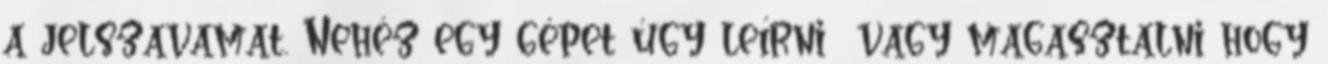
a jelszavamat. Nehéz egy gépet úgy leírni vagy magasztalni hogy